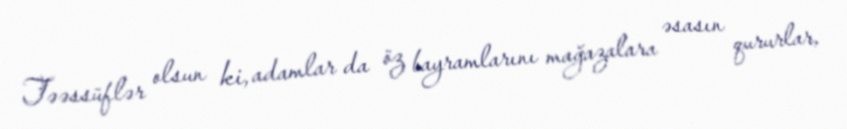
Təəssüflər olsun ki, adamlar da öz bayramlarını mağazalara əsasın qururlar,